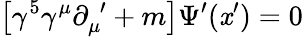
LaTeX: \left[\gamma^{5}\gamma^{\mu}\partial_{\mu}^{\, \, \prime}+m\right]\Psi^{\prime}(\mathit{x}^{\prime})=0